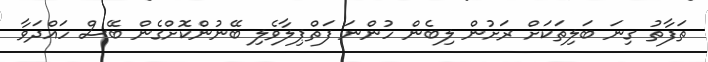
ތަފާތު ގިނަ ބަލިތަކަށް ރަށުން ލިބެން ހުންނަ ފަތްޕިލާވެލި ބޭނުންކޮށްގެން ބޭސް ހައްދަވާ